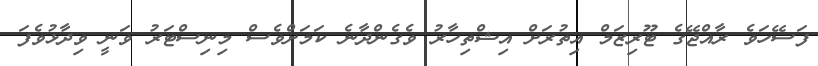
ފަސޭހަވެ ރާއްޖޭގެ ޓޫރިޒަމް އިތުރަށް އިޝްތިހާރު ވެގެންދާނެ ކަމަށްވެސް މިނިސްޓަރު ވަނީ ވިދާޅުވެފަ